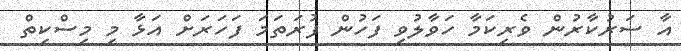
އާ ސަރުކާރުން ވެރިކަމާ ހަވާލުވި ފަހުން ފުރަތަމަ ފަހަރަށް އަޅާ މި މިސްކިތް